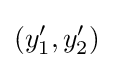
(y'_{1},y'_{2})